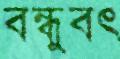
বন্ধুবৎ